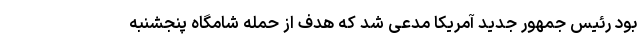
بود رئیس جمهور جدید آمریکا مدعی شد که هدف از حمله شامگاه پنجشنبه